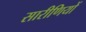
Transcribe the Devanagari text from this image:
सारीणियों